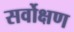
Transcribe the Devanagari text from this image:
सर्वोक्षण